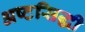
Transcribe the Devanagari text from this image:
अष्टसिद्धी